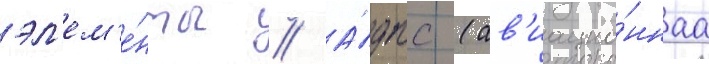
эл'ем'е́нты // А́дпс (ав'иацио́ннаа